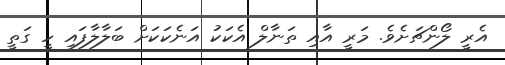
އެރީ ލޯންޗަށެވެ. މަރީ އާއި ތަނާލް އެކަކު އަނެކަކަށް ބަލާލާފައި ހީ ގަތީ